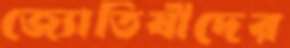
জ্যোতিষীদের